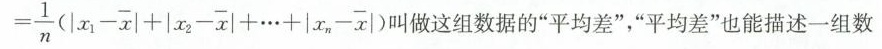
= \frac { 1 } { n } ( | x _ { 1 } - \overline { x } | + | x _ { 2 } - \overline { x } | + \cdots + | x _ { n } - \overline { x } | )$$做这组数据的“平均差”，“平均差”也能描述一组数